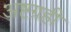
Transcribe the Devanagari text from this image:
अष्टग्रही